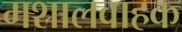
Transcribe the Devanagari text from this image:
मशालवाहक